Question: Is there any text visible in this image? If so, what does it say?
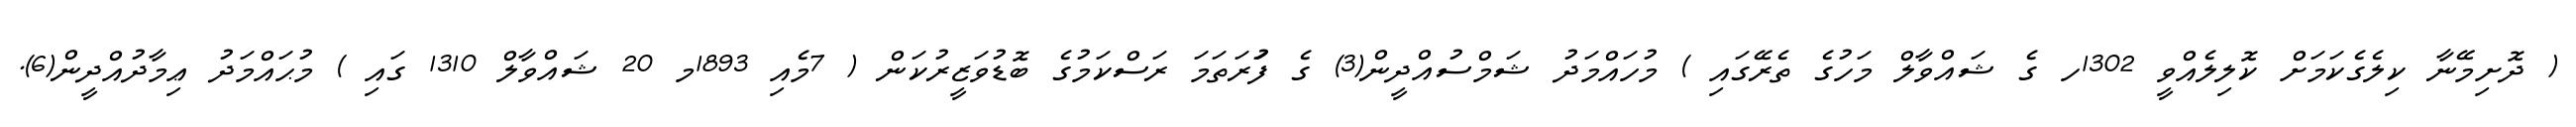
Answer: ( ދޮށިމޭނާ ކިލެގެކަމަށް ކޮލިލެއްވީ 1302ހ ގެ ޝައްވާލް މަހުގެ ތެރޭގައި ) މުހައްމަދު ޝަމްސުއްދީން(3) ގެ ފުަރަތަމަ ރަސްކަމުގެ ބޮޑުވަޒީރުކަން ( 7މެއި 1893މ 20 ޝައްވާލް 1310 ގައި ) މުޙައްމަދު ޢިމާދުއްދީން(6).